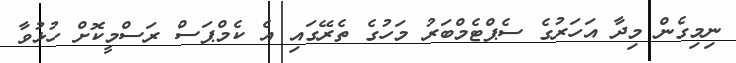
ނިމިގެން މިދާ އަހަރުގެ ސެޕްޓެމްބަރު މަހުގެ ތެރޭގައި އެ ކެމްޕަސް ރަސްމީކޮށް ހުޅުވާ